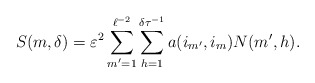
\begin{align*}S(m,\delta)= \varepsilon^2\sum\limits_{m'=1}^{\ell^{-2}}\sum\limits_{h=1}^{\delta\tau^{-1}}a(i_{m'},i_{m})N(m',h). \end{align*}